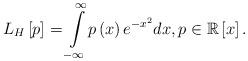
LaTeX: \begin{align*}L_{H}\left[ p\right] ={\displaystyle\int\limits_{-\infty}^{\infty}}p\left( x\right) e^{-x^{2}}dx,p\in\mathbb{R}\left[ x\right] .\end{align*}